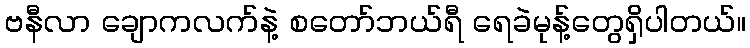
ဗနီလာ ချောကလက်နဲ့ စတော်ဘယ်ရီ ရေခဲမုန့်တွေရှိပါတယ်။